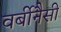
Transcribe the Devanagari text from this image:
वर्बीनैसी